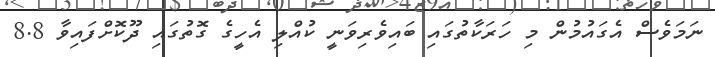
ނަމަވެސް އެގައުމުން މި ހަރަކާތުގައި ބައިވެރިވަނީ ކުއްލި އެހީގެ ގޮތުގައި ދޫކޮށްފައިވާ 8.8